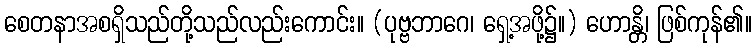
စေတနာအစရှိသည်တို့သည်လည်းကောင်း။ (ပုဗ္ဗဘာဂေ၊ ရှေ့အဖို့၌။) ဟောန္တိ၊ ဖြစ်ကုန်၏။